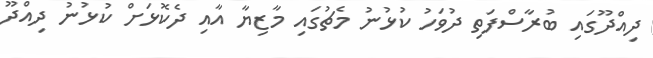
ދިއްދޫގައި ބުރާސްފަތި ދުވަހު ކުޅުނު މެޗުގައި މާޒިޔާ އާއި ދެކޮޅަށް ކުޅުނު ދިއްދޫ